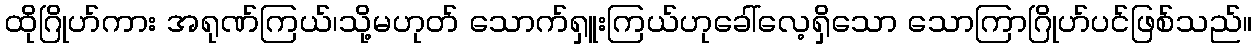
ထိုဂြိုဟ်ကား အရုဏ်ကြယ်၊သို့မဟုတ် သောက်ရှူးကြယ်ဟုခေါ်လေ့ရှိသော သောကြာဂြိုဟ်ပင်ဖြစ်သည်။